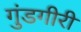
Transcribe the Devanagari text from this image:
गुंडगीरी